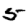
Digit: 5